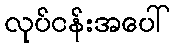
လုပ်ငန်းအပေါ်